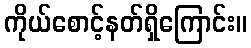
ကိုယ်စောင့်နတ်ရှိကြောင်း။